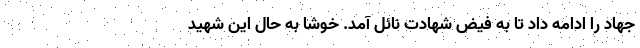
جهاد را ادامه داد تا به فیض شهادت نائل آمد. خوشا به حال این شهید